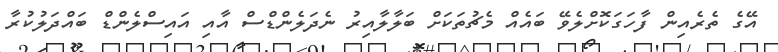
އޭގެ ތެރެއިން ފާހަގަކޮށްލެވޭ ބައެއް މެޗުތަކަށް ބަލާލާއިރު ނެދަލެންޑްސް އާއި އައިސްލެންޑް ބައްދަލުކުރާ